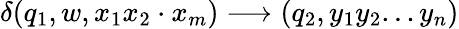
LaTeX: \delta(q_{1},w,x_{1}x_{2}\cdot x_{m})\longrightarrow(q_{2},y_{1}y_{2}...y_{n})